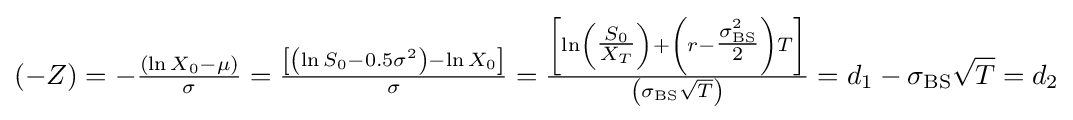
\left(-Z\right)=-{\tfrac {\left(\ln X_{0}-\mu \right)}{\sigma }}={\tfrac {\left[\left(\ln S_{0}-0.5\sigma ^{2}\right)-\ln X_{0}\right]}{\sigma }}={\tfrac {\left[\ln \left({\tfrac {S_{0}}{X_{T}}}\right)+\left(r-{\tfrac {\sigma _{\text{BS}}^{2}}{2}}\right)T\right]}{\left(\sigma _{\text{BS}}{\sqrt {T}}\right)}}=d_{1}-\sigma _{\text{BS}}{\sqrt {T}}=d_{2}